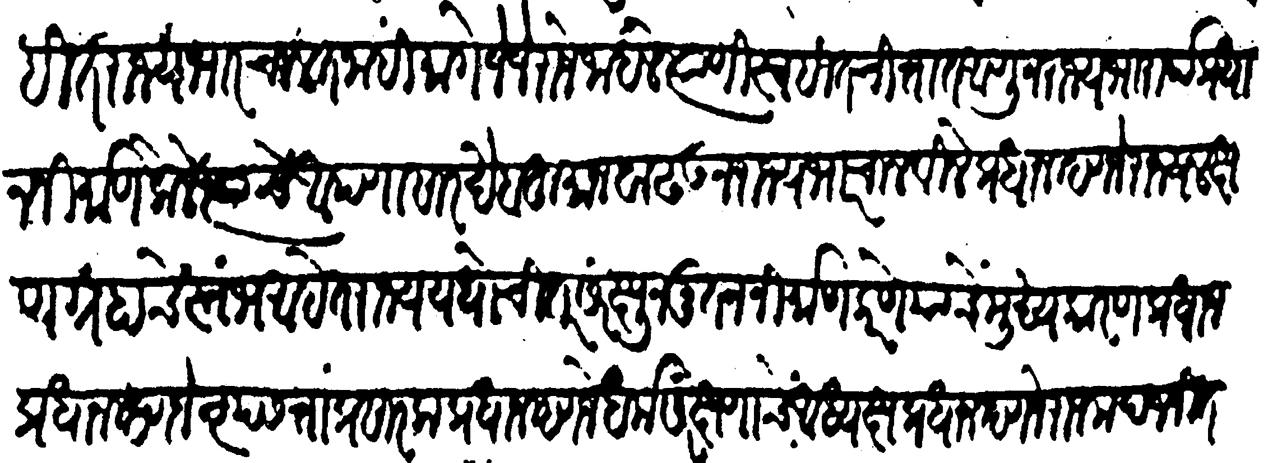
Transliteration (Devanagari): विरहित राज्यभार चालत नाहीं मागें जे जे राजे जाले त्यांणी स्वहित चित्तां आणून राज्यभारार्थ प्रधान निर्माण केलेत्यांचे आपणासारखे बहुमानवाढवून राज्यभारचालवीले प्रधान म्हणजे राज्य लक्षण ग्रहाचे स्तंभ आहेत राज्य यथोचित संरक्षून नूतन निर्माण करणें याचें मुख्य कारण प्रधान प्रधान म्हणजे नृपसत्ताप्रसारक प्रधान म्हणजे धर्मसंरक्षणाचे आध्यक्षः प्रधान म्हणजे राजमदजनित